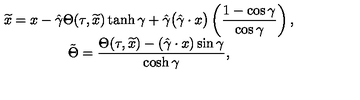
\begin{array} { c } { \widetilde { x } = x - \displaystyle \hat { \gamma } { \Theta } ( \tau , \widetilde { x } ) \tanh \gamma + \displaystyle \hat { \gamma } \big ( \displaystyle \hat { \gamma } \cdot x \big ) \left( \displaystyle \frac { 1 - \cos \gamma } { \cos \gamma } \right) , \hfill } \\ { \tilde { \Theta } = \displaystyle \frac { \Theta ( \tau , \widetilde { x } ) - ( \hat { \gamma } \cdot x ) \sin \gamma } { \cosh \gamma } , \hfill } \\ \end{array}